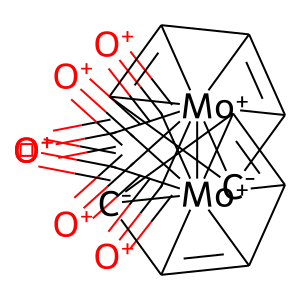
SMILES: [O+]#C[Mo+]1234(C#[O+])(C#[O+])([Mo+]5678(C#[O+])(C#[O+])(C#[O+])C9=C5[C-]6C7=C98)C5=C1[C-]2C3=C54
Inhibits HIV replication: No